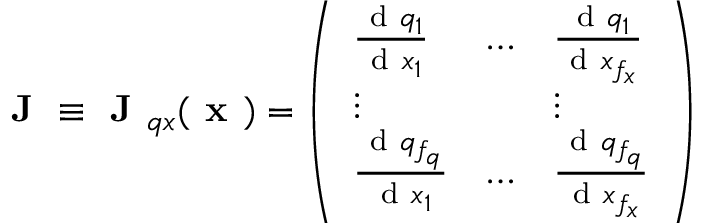
\textbf { J } \equiv \textbf { J } _ { q x } ( \textbf { x } ) = \left( \begin{array} { l l l } { \frac { \mathrm { ~ d ~ } q _ { 1 } } { \mathrm { ~ d ~ } x _ { 1 } } } & { \dots } & { \frac { \mathrm { ~ d ~ } q _ { 1 } } { \mathrm { ~ d ~ } x _ { f _ { x } } } } \\ { \vdots } & { } & { \vdots } \\ { \frac { \mathrm { ~ d ~ } q _ { f _ { q } } } { \mathrm { ~ d ~ } x _ { 1 } } } & { \dots } & { \frac { \mathrm { ~ d ~ } q _ { f _ { q } } } { \mathrm { ~ d ~ } x _ { f _ { x } } } } \end{array} \right)